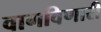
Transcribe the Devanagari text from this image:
वागविणारी